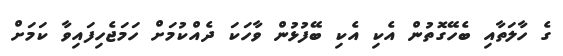
ގެ ހާލަތާއި ބެހޭގޮތުން އެކި އެކި ބޭފުޅުން ވާހަކަ ދެއްކުމަށް ހަމަޖެހިފައިވާ ކަމަށް